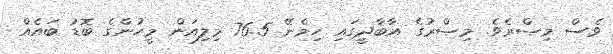
ވެސް މިޞްރެވެ. މިޞްރުގެ އާބާދީގައި ހިމެނޭ 76.5 މިލިއަން މީހުންގެ ބޮޑު ބައެއް